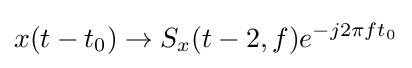
x(t-t_{0})\rightarrow S_{x}(t-2,f)e^{-j2\pi ft_{0}}